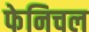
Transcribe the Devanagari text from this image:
फेनिचल